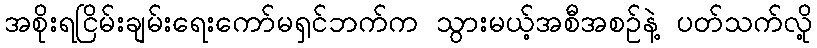
အစိုးရငြိမ်းချမ်းရေးကော်မရှင်ဘက်က သွားမယ့်အစီအစဉ်နဲ့ ပတ်သက်လို့